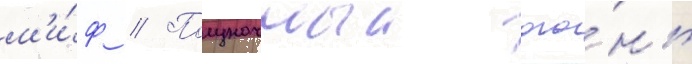
м'и́ф // Полуночныи ого́нь